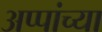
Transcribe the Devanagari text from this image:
अप्पांच्या